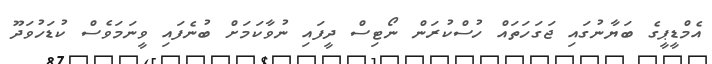
އެމްޑީޕީގެ ބަޔާނުގައި ޖަގަހަތައް ހުސްކުރަން ނޯޓިސް ދީފައި ނުވާކަމަށް ބުނެފައި ވީނަމަވެސް ކުޑަހުވަދޫ